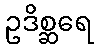
ဥဒိစ္ဆရေ